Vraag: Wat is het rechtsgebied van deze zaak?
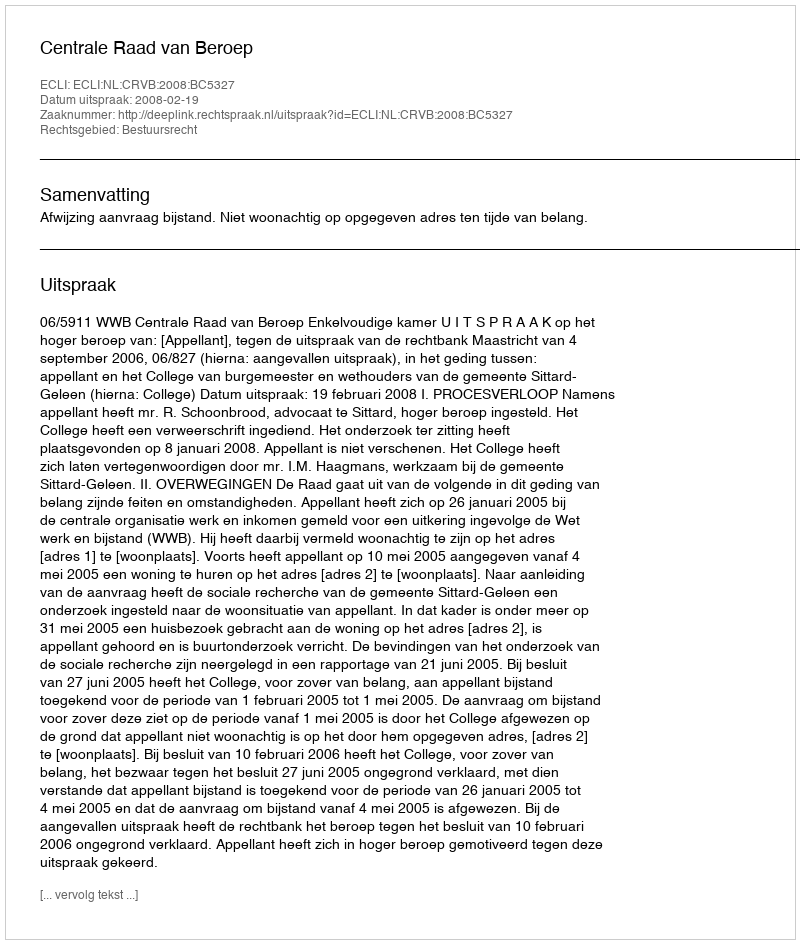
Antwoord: Bestuursrecht